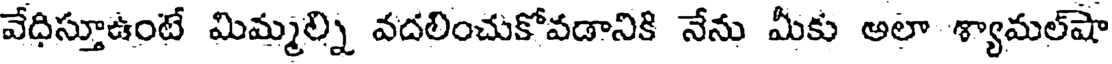
వేధిస్తూఉంటే మిమ్మల్ని వదలించుకోవడానికి నేను మీకు అలా శ్యామల్షా